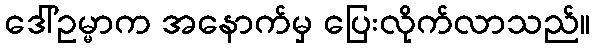
ဒေါ်ဥမ္မာက အနောက်မှ ပြေးလိုက်လာသည်။